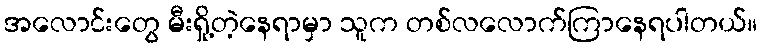
အလောင်းတွေ မီးရှို့တဲ့နေရာမှာ သူက တစ်လလောက်ကြာနေရပါတယ်။